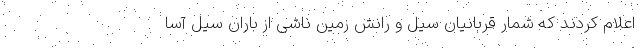
اعلام کردند که شمار قربانیان سیل و رانش زمین ناشی از باران سیل آسا